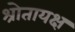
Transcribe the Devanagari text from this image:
श्रोतायक्ष